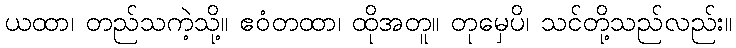
ယထာ၊ တည်သကဲ့သို့။ ဧဝံတထာ၊ ထိုအတူ။ တုမှေပိ၊ သင်တို့သည်လည်း။